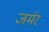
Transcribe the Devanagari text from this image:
जर्मर